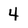
Character: 4